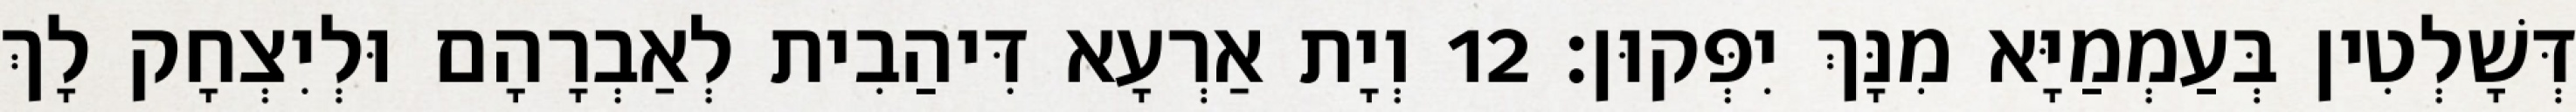
דְּשָׁלְטִין בְּעַמְמַיָּא מִנָּךְ יִפְּקוּן׃ 12 וְיָת אַרְעָא דִּיהַבִית לְאַבְרָהָם וּלְיִצְחָק לָךְ